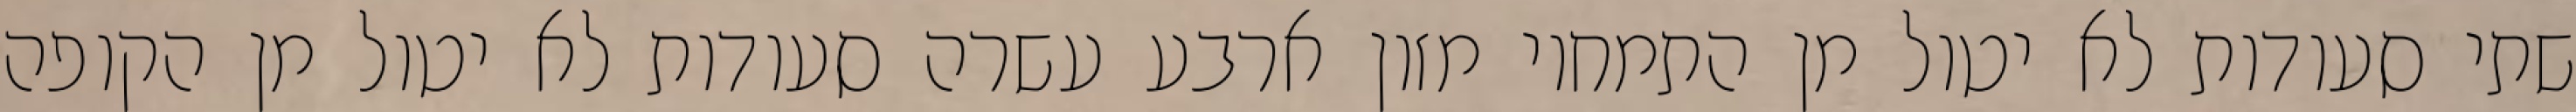
שתי סעודות לא יטול מן התמחוי מזון ארבע עשרה סעודות לא יטול מן הקופה